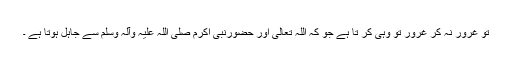
تو غرور نہ کر غرور تو وہی کر تا ہے جو کہ اللہ تعالیٰ اور حضورنبی اکرم صلی اللہ علیہ وآلہٖ وسلم سے جاہل ہوتا ہے ۔